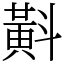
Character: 斢